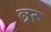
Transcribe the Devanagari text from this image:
लुरू